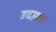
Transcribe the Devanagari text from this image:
उदाका